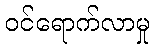
ဝင်ရောက်လာမှု